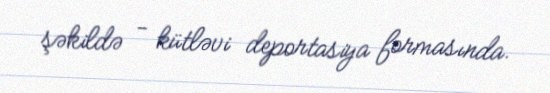
şəkildə - kütləvi deportasiya formasında.